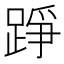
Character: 踭